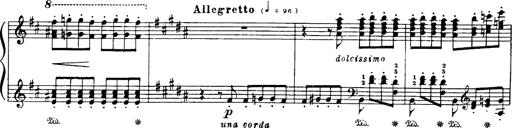
Title: Danza sacra e duetto finale dâ€™Aida
Composer: Franz Liszt